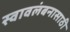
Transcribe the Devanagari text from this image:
स्वावलंबनासाठी